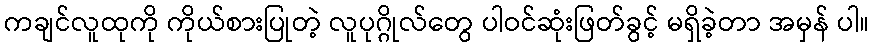
ကချင်လူထုကို ကိုယ်စားပြုတဲ့ လူပုဂ္ဂိုလ်တွေ ပါဝင်ဆုံးဖြတ်ခွင့် မရှိခဲ့တာ အမှန် ပါ။